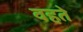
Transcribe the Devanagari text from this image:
वहते